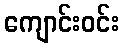
ကျောင်းဝင်း